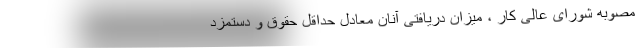
مصوبه شورای عالی کار ، میزان دریافتی آنان معادل حداقل حقوق و دستمزد